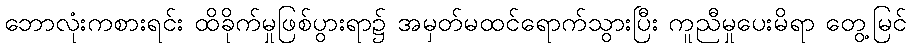
ဘောလုံးကစားရင်း ထိခိုက်မှုဖြစ်ပွားရာ၌ အမှတ်မထင်ရောက်သွားပြီး ကူညီမှုပေးမိရာ တွေ့မြင်